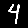
Digit: 4